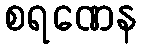
စရဏေန